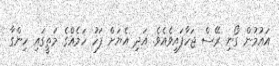
އައުމުން ގޯނި ރޭސް ޖަހާފައިވެއެވެ. އަދި އެޔަށް ފަހު ހަމެއްގެ މަތީގައި ހިންގާ